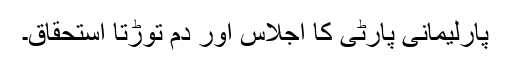
پارلیمانی پارٹی کا اجلاس اور دم توڑتا استحقاق۔